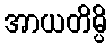
အာယတိမ္ပိ